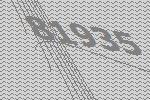
81935